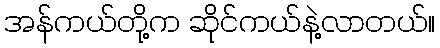
အန်ကယ်တို့က ဆိုင်ကယ်နဲ့လာတယ်။